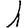
Digit: 1